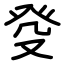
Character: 癹